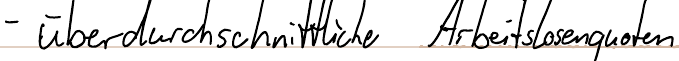
- überdurchschnittliche Arbeitslosenquoten